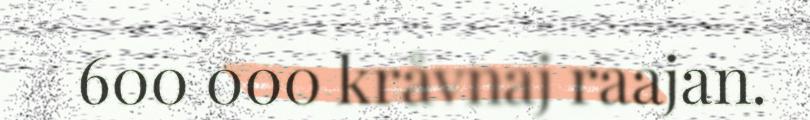
600 000 kråvnaj raajan.